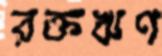
রক্তঋণ